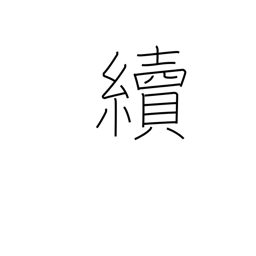
Meaning: carry on